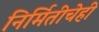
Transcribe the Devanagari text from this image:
निर्मितीचेही